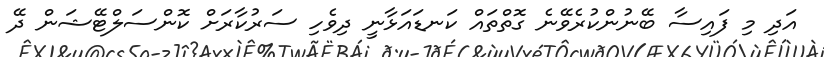
އަދި މި ފައިސާ ބޭނުންކުރެވޭނެ ގޮތްތައް ކަނޑައަޅާނީ ދިވެހި ސަރުކާރަށް ކޮންސަލްޓޭޝަން ދޭ